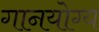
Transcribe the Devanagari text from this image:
गानयोग्य